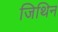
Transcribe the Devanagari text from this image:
जिथिन